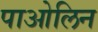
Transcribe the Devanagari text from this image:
पाओलिन